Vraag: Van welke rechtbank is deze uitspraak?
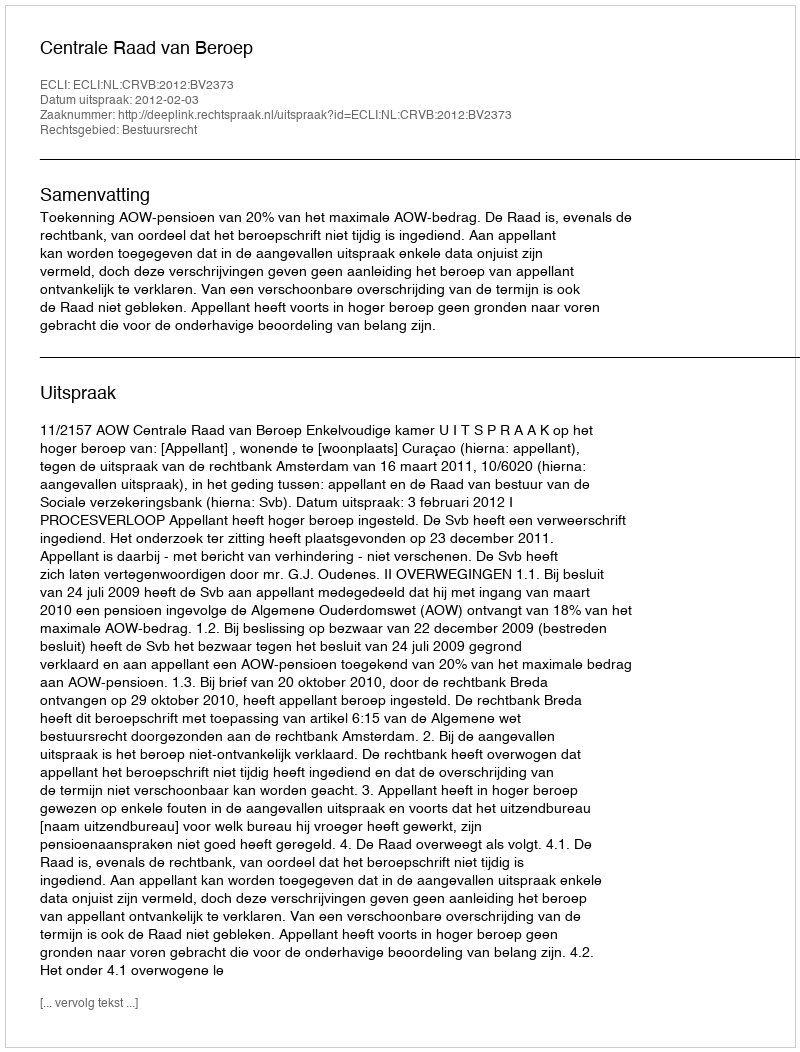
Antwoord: Centrale Raad van Beroep